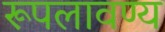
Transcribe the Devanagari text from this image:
रूपलावण्य